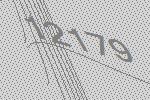
12179